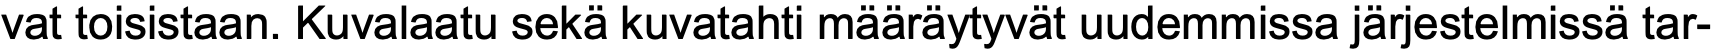
vat toisistaan. Kuvalaatu sekä kuvatahti määräytyvät uudemmissa järjestelmissä tar-